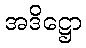
အဒိဋ္ဌော